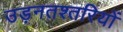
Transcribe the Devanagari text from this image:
उड़नतश्तरियों